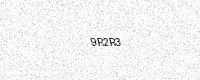
Text: 9R2R3